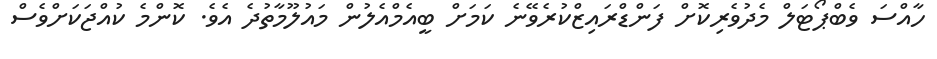
ހާއްސަ ވެބްޕޯޓަލް މެދުވެރިކޮށް ފަންޑްރައިޒްކުރެވޭނެ ކަމަށް ބީއެމްއެލުން މައުލޫމާތުދެ އެވެ. ކޮންމެ ކުއްޖަކަށްވެސް